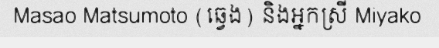
Masao Matsumoto (ឆ្វេង) និងអ្នកស្រី Miyako